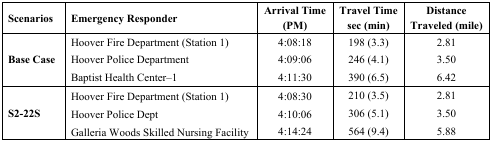
| Scenarios | Emergency Responder | Arrival Time (PM) | Travel Time sec (min) | Distance Traveled (mile) |
 | --- | --- | --- | --- | --- |
 | <ROWSPAN=3> Base Case | Hoover Fire Department (Station 1) | 4:08:18 | 198 (3.3) | 2.81 |
 | Hoover Police Department | 4:09:06 | 246 (4.1) | 3.50 |
 | Baptist Health Center–1 | 4:11:30 | 390 (6.5) | 6.42 |
 | <ROWSPAN=3> S2-22S | Hoover Fire Department (Station 1) | 4:08:30 | 210 (3.5) | 2.81 |
 | Hoover Police Dept | 4:10:06 | 306 (5.1) | 3.50 |
 | Galleria Woods Skilled Nursing Facility | 4:14:24 | 564 (9.4) | 5.88 |